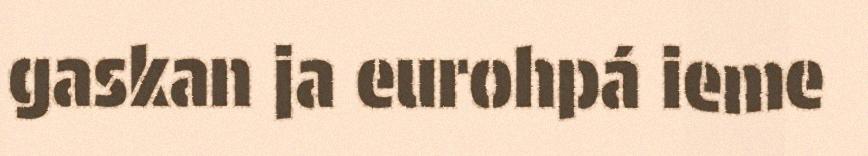
gaskan ja eurohpá ieme